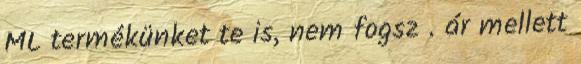
ML termékünket te is, nem fogsz . ár mellett